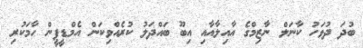
ބުދަ ދުވަހު ކާނަލް ނާޒިމްގެ އާއިލާއާއި އިބޫ ބައްދަލު ކުރެއްވިކަން އެމްޑީޕީން ހާމަކުރި